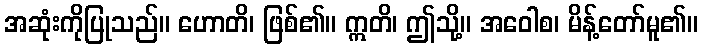
အဆုံးကိုပြုသည်။ ဟောတိ၊ ဖြစ်၏။ ဣတိ၊ ဤသို့။ အဝေါစ၊ မိန့်တော်မူ၏။